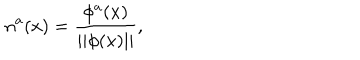
n ^ { a } ( x ) = \frac { \phi ^ { a } ( x ) } { | | \phi ( x ) | | } ,